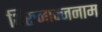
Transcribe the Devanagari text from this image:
थिरुनान्जनाम